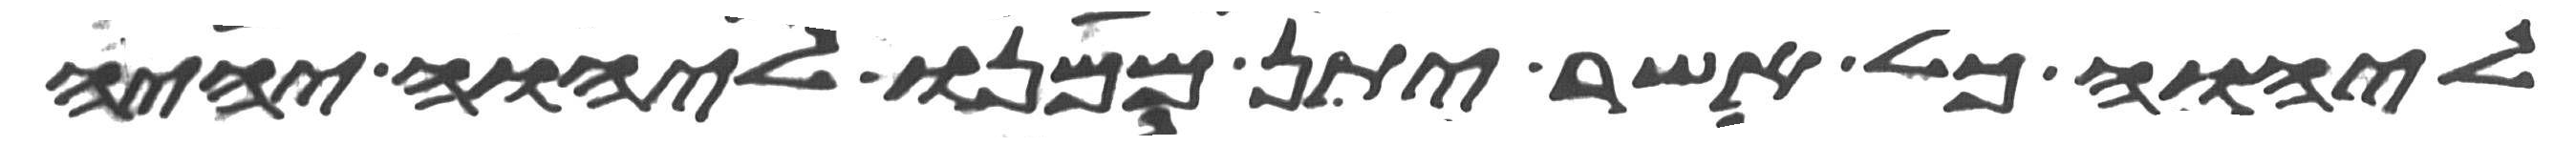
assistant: ליהוה כל אשר יתן ממנו ליהוה יהיה